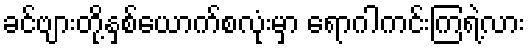
ခင်ဗျားတို့နှစ်ယောက်စလုံးမှာ ရောဂါကင်းကြရဲ့လား